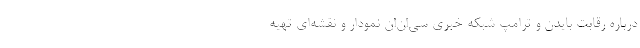
درباره رقابت بایدن و ترامپ شبکه خبری سی‌ان‌ان نمودار و نقشه‌ای تهیه